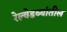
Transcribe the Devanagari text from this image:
रेल्वेडब्यांतील